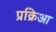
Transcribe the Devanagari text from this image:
प्रक्रिआ